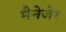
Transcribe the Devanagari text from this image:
मैनेजेर